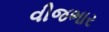
વીજભાર